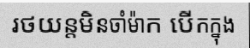
រថយន្តមិនចាំម៉ាក បើកក្នុង